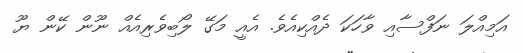
އަމިއްލަ ނަފްސާއި ވާހަަކަ ދެއްކިއެވެ. އެއީ މަގޭ ލޯބިވެރިއެއް ނޫން ކޭން ޔޫ